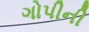
ગોપીની